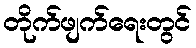
တိုက်ဖျက်ရေးတွင်